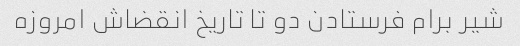
شیر برام فرستادن دو تا تاریخ انقضاش امروزه